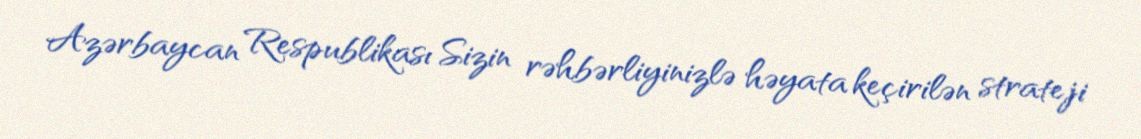
Azərbaycan Respublikası Sizin rəhbərliyinizlə həyata keçirilən strateji